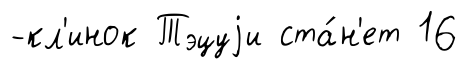
-кл'инок Тэцуjи ста́н'ет 16